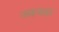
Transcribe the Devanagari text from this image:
नकचढ़ा